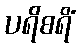
ပရိစရိံ